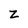
Character: Z